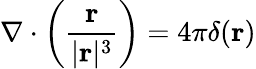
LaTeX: \nabla\cdot\left({\frac{\mathbf{r}}{|\mathbf{r}|^{3}}}\right)=4\pi\delta(\mathbf{r})